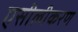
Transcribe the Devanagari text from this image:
एसीलीकरण